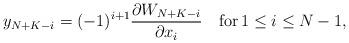
LaTeX: \begin{align*}y_{N+K-i}=(-1)^{i+1} \frac{\partial W_{N+K-i}}{\partial x_i }\quad{\rm for}\, 1 \leq i \leq N-1,\end{align*}